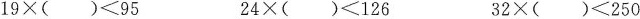
19×()95 24×()≤126 32×()≤250